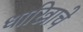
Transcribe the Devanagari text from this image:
धारित्राचे